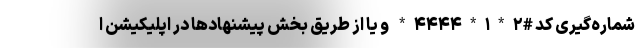
شماره‌گیری کد #۲*۱*۴۴۴۴* و یا از طریق بخش پیشنهادها در اپلیکیشن ا